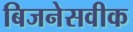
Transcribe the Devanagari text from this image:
बिजनेसवीक